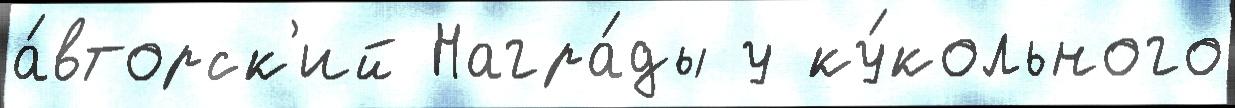
а́вторск'ий Награ́ды у ку́кольного